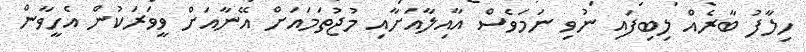
ހިލާފު ބާރެއް ލިބިފައި ނުވި ނަމަވެސް އާއިލާއަށާއި މުޖުތަމައަށް އޭނާއަށް ވީވަރަކުން އެހީވާން